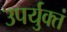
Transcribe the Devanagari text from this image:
उपर्युक्तं